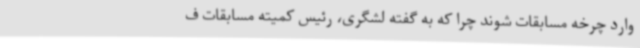
وارد چرخه مسابقات شوند چرا که به گفته لشگری، رئیس کمیته مسابقات ف